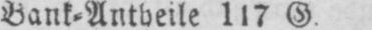
Bank⸗Anleihe 117 G.